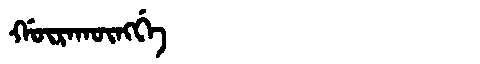
Manchu: ᡤᡡᡵᠠᡴᡡᠩᡤᡝ
Romanization: GŪRAKŪNGGE